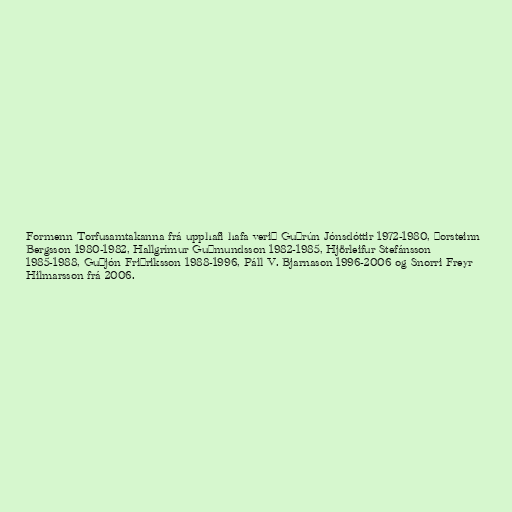
Formenn Torfusamtakanna frá upphafi hafa verið Guðrún Jónsdóttir 1972-1980, Þorsteinn
Bergsson 1980-1982, Hallgrímur Guðmundsson 1982-1985, Hjörleifur Stefánsson
1985-1988, Guðjón Friðriksson 1988-1996, Páll V. Bjarnason 1996-2006 og Snorri Freyr
Hilmarsson frá 2006.